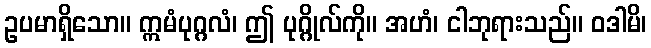
ဥပမာရှိသော။ ဣမံပုဂ္ဂလံ၊ ဤ ပုဂ္ဂိုလ်ကို။ အဟံ၊ ငါဘုရားသည်။ ဝဒါမိ၊